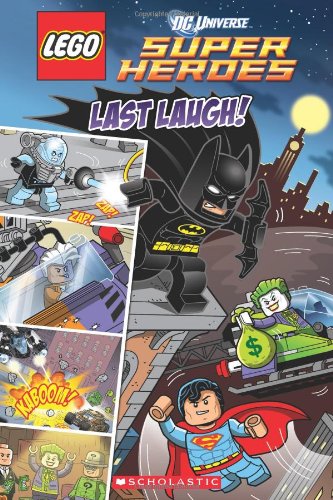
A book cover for LEGO DC Superheroes: Last Laugh (Comic Reader #2); Trey King; Children's Books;